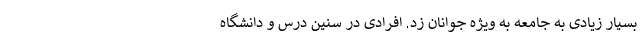
بسیار زیادی به جامعه به ویژه جوانان زد. افرادی در سنین درس و دانشگاه